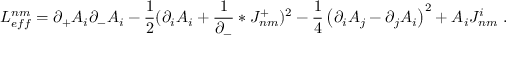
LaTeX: { \cal L } _ { e f f } ^ { n m } = \partial _ { + } A _ { i } \partial _ { - } A _ { i } - \frac 1 2 ( \partial _ { i } A _ { i } + \frac { 1 } { \partial _ { - } } \ast J _ { n m } ^ { + } ) ^ { 2 } - \frac 1 4 \left( \partial _ { i } { A } _ { j } - \partial _ { j } { A } _ { i } \right) ^ { 2 } + A _ { i } J _ { n m } ^ { i } \ .